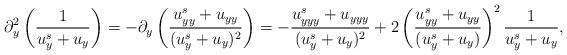
LaTeX: \begin{align*}\partial^2_y \left(\frac{1}{u^s_y + {u}_y}\right) = - \partial_y\left(\frac{u_{yy}^s + {u}_{yy}}{(u^s_y + {u}_y)^2}\right)= -\frac{u_{yyy}^s + {u}_{yyy}}{(u^s_y + {u}_y)^2} + 2 \left(\frac{u_{yy}^s + {u}_{yy}}{(u^s_y + {u}_y)}\right)^2 \frac{1}{u^s_y + {u}_y}, \end{align*}